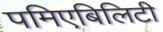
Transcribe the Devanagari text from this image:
पमिएबिलिटी